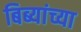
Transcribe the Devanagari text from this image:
बिब्यांच्या